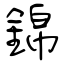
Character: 錦